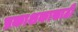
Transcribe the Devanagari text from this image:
प्रकाशकासाठी